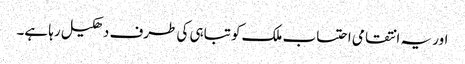
اور یہ انتقامی احتساب ملک کو تباہی کی طرف دھکیل رہا ہے۔